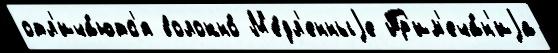
отл'ича́ютс'я волокно́ М'е́дл'енныjе Пр'им'еча́н'иjа